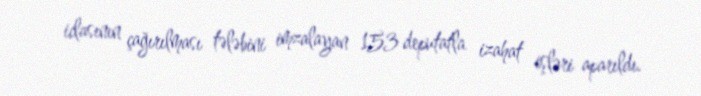
iclasının çağırılması tələbini imzalayan 153 deputatla izahat işləri aparıldı.